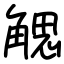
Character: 䚡